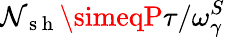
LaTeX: \mathcal{N}_{\mathrm{{~s~h~}}}\simeqP\tau/\omega_{\gamma}^{S}